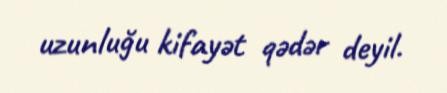
uzunluğu kifayət qədər deyil.